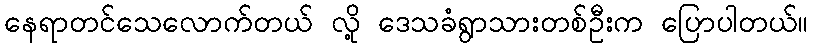
နေရာတင်သေလောက်တယ် လို့ ဒေသခံရွာသားတစ်ဦးက ပြောပါတယ်။